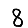
Digit: 8